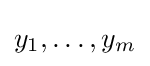
y_{1},\dots ,y_{m}